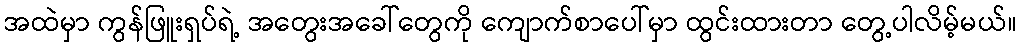
အထဲမှာ ကွန်ဖြူးရှပ်ရဲ့ အတွေးအခေါ်တွေကို ကျောက်စာပေါ်မှာ ထွင်းထားတာ တွေ့ပါလိမ့်မယ်။